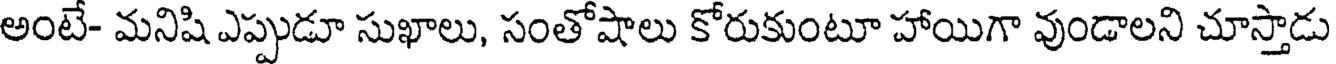
అంటే- మనిషి ఎప్పుడూ సుఖాలు, సంతోషాలు కోరుకుంటూ హాయిగా వుండాలని చూస్తాడు